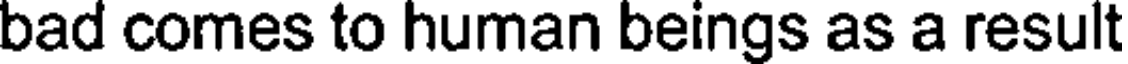
bad comes to human beings as a result